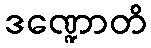
ဒဏ္ဍောတိ